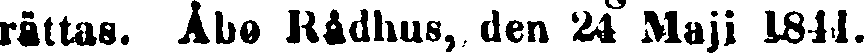
rättas. Åbo Rådhus, den 24 Maji 1844.